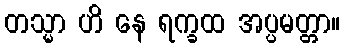
တသ္မာ ဟိ နေ ရက္ခထ အပ္ပမတ္တာ။